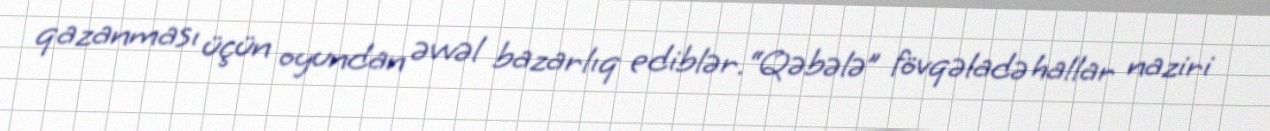
qazanması üçün oyundan əvvəl bazarlıq ediblər.“Qəbələ” fövqəladə hallar naziri